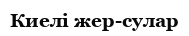
Киелі жер-сулар